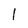
Character: l